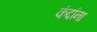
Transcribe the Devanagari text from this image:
कंदांना